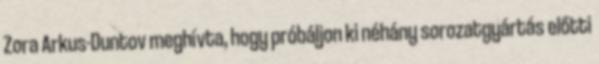
Zora Arkus-Duntov meghívta, hogy próbáljon ki néhány sorozatgyártás előtti